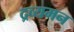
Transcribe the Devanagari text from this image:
द्रव्यमन